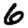
Digit: 6